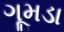
ગૂમડા